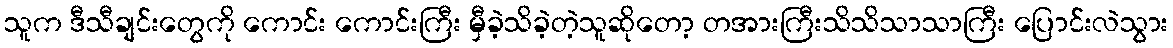
သူက ဒီသီချင်းတွေကို ကောင်း ကောင်းကြီး မှီခဲ့သိခဲ့တဲ့သူဆိုတော့ တအားကြီးသိသိသာသာကြီး ပြောင်းလဲသွား